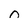
Character: 0